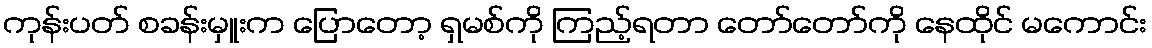
ကုန်းပတ် စခန်းမှူးက ပြောတော့ ရှမစ်ကို ကြည့်ရတာ တော်တော်ကို နေထိုင် မကောင်း